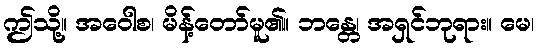
ဤသို့။ အဝေါစ၊ မိန့်တော်မူ၏။ ဘန္တေ၊ အရှင်ဘုရား။ မေ၊